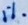
Text: 1%